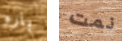
بارو نمت